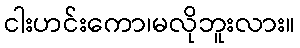
ငါးဟင်းကော၊မလိုဘူးလား။